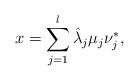
LaTeX: \begin{align*} x = \sum_{j=1}^l \hat{\lambda}_j \mu_j \nu_j^*,\end{align*}